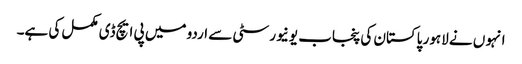
انہو ں نے لاہور پاکستان کی پنجاب یونیورسٹی سے اردو میں پی ایچ ڈی مکمل کی ہے۔